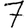
Digit: 7